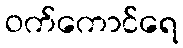
ဝက်ကောင်ရေ